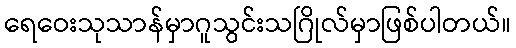
ရေဝေးသုသာန်မှာဂူသွင်းသဂြိုလ်မှာဖြစ်ပါတယ်။